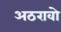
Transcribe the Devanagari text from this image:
अठरावो